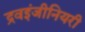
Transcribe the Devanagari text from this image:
द्रवइंजीनियरी